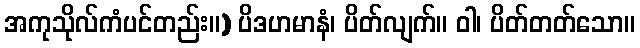
အကုသိုလ်ကံပင်တည်း။) ပိဒဟမာနံ၊ ပိတ်လျက်။ ဝါ၊ ပိတ်တတ်သော။